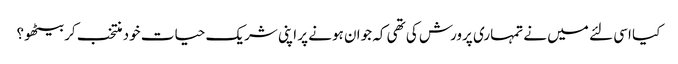
کیا اسی لئے میں نے تمہاری پرورش کی تھی کہ جوان ہونے پر اپنی شریک حیات خود منتخب کر بیٹھو؟